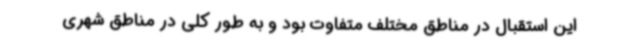
این استقبال در مناطق مختلف متفاوت بود و به طور کلی در مناطق شهری